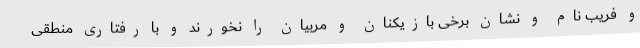
و فریب نام و نشان برخی بازیکنان و مربیان را نخورند و با رفتاری منطقی